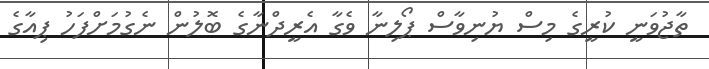
ތާޖުވަނީ ކުރީގެ މިސް ޔުނިވާސް ޕޯލިނާ ވެގާ އެރީދްނާގެ ބޮލުން ނެގުމަށްފަހު ޕިއާގެ